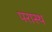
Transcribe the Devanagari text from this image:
परास्थ